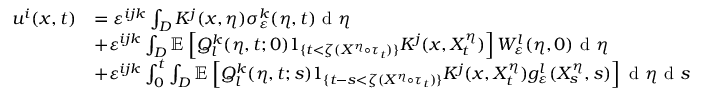
\begin{array} { r l } { u ^ { i } ( x , t ) } & { = \varepsilon ^ { i j k } \int _ { D } K ^ { j } ( x , \eta ) \sigma _ { \varepsilon } ^ { k } ( \eta , t ) \textrm { d } \eta } \\ & { + \varepsilon ^ { i j k } \int _ { D } \mathbb { E } \left[ Q _ { l } ^ { k } ( \eta , t ; 0 ) 1 _ { \{ t < \zeta ( X ^ { \eta } \circ \tau _ { t } ) \} } K ^ { j } ( x , X _ { t } ^ { \eta } ) \right] W _ { \varepsilon } ^ { l } ( \eta , 0 ) \textrm { d } \eta } \\ & { + \varepsilon ^ { i j k } \int _ { 0 } ^ { t } \int _ { D } \mathbb { E } \left[ Q _ { l } ^ { k } ( \eta , t ; s ) 1 _ { \{ t - s < \zeta ( X ^ { \eta } \circ \tau _ { t } ) \} } K ^ { j } ( x , X _ { t } ^ { \eta } ) g _ { \varepsilon } ^ { l } ( X _ { s } ^ { \eta } , s ) \right] \textrm { d } \eta \textrm { d } s } \end{array}